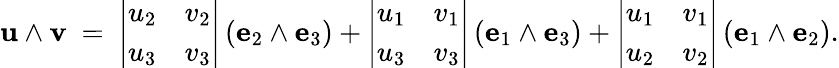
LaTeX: \mathbf{u}\wedge\mathbf{v}\ =\ {\left|\begin{array}{ll}{u_{2}}&{v_{2}}\\ {u_{3}}&{v_{3}}\end{array}\right|}\left(\mathbf{e}_{2}\wedge\mathbf{e}_{3}\right)+{\left|\begin{array}{ll}{u_{1}}&{v_{1}}\\ {u_{3}}&{v_{3}}\end{array}\right|}\left(\mathbf{e}_{1}\wedge\mathbf{e}_{3}\right)+{\left|\begin{array}{ll}{u_{1}}&{v_{1}}\\ {u_{2}}&{v_{2}}\end{array}\right|}\left(\mathbf{e}_{1}\wedge\mathbf{e}_{2}\right).